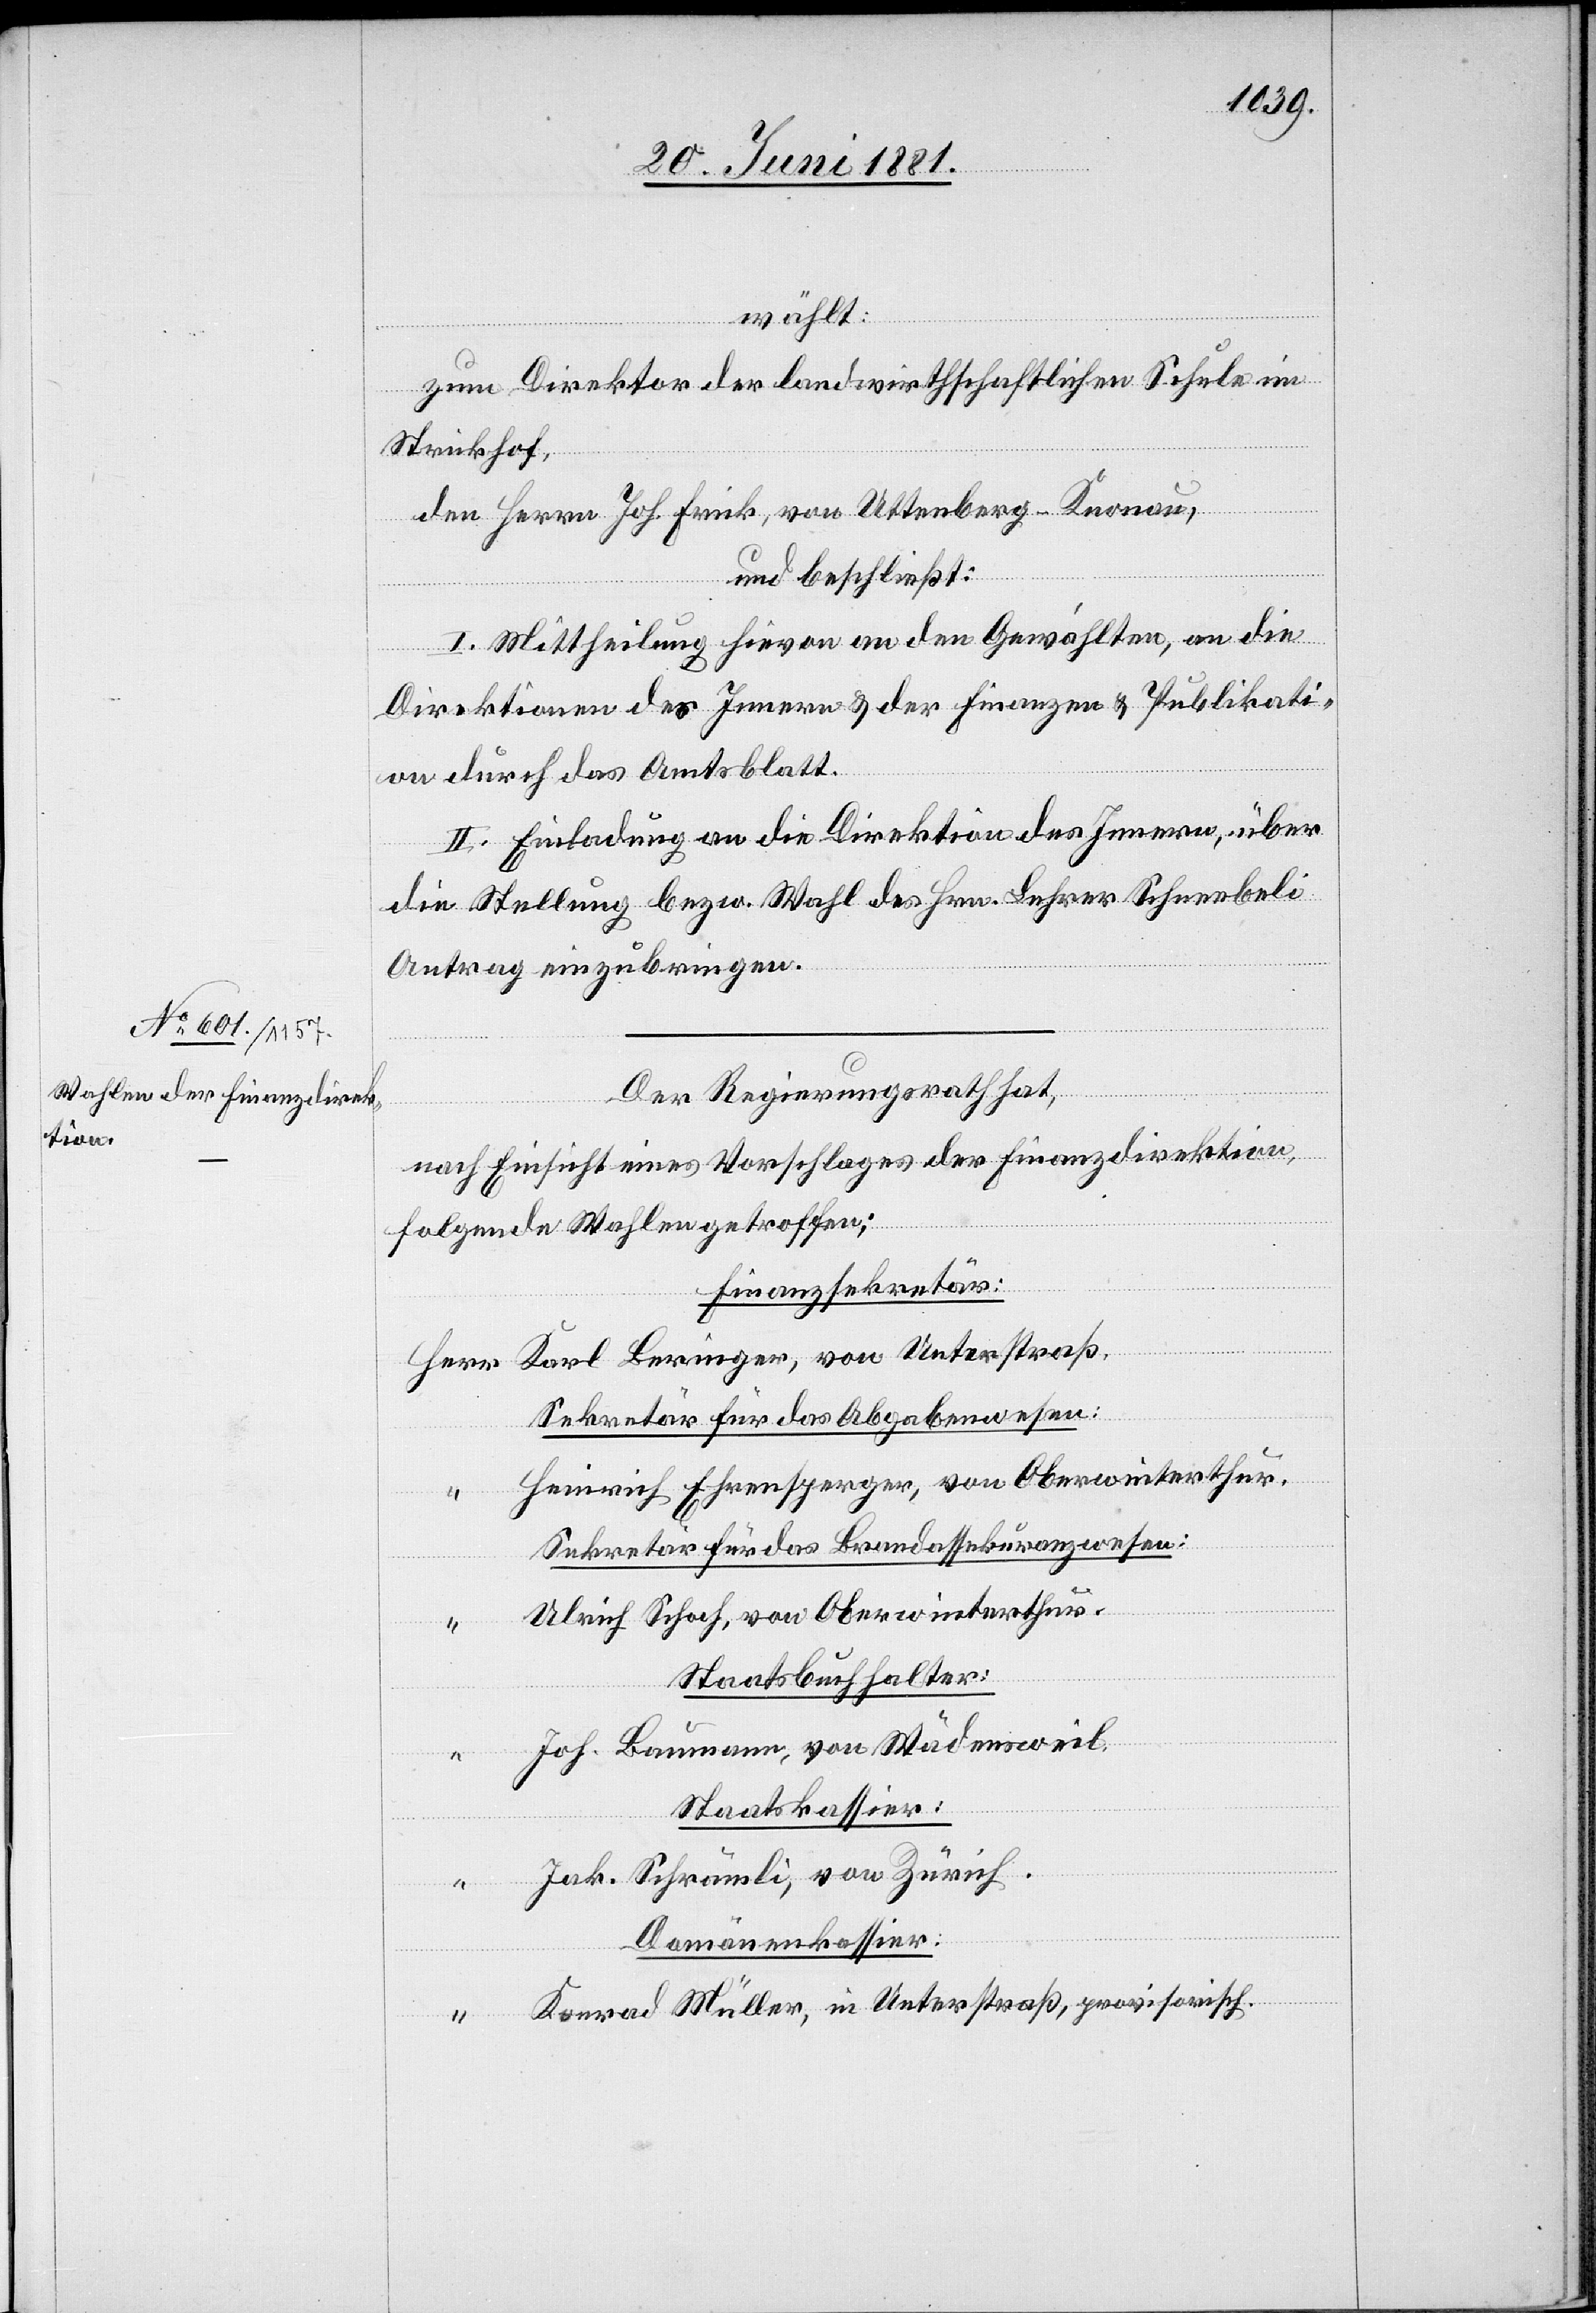
wählt:
zum Direktor der landwirthschaftlichen Schule im
Strickhof,
den Herrn Joh. Frick, von Uttenberg - Knonau,
und beschließt:
I. Mittheilung hievon an den Gewählten, an die
erstraß.
Direktionen des Innern & der Finanzen & Publikati¬
on durch das Amtsblatt.
II. Einladung an die Direktion des Innern, über
die Stellung bezw. Wahl des Hrn. Lehrer Schneebeli
Antrag einzubringen.
Der Regierungsrath hat,
nach Einsicht eines Vorschlages der Finanzdirektion,
folgende Wahlen getroffen:
Finanzsekretär:
Sekretär für das Abgabenwesen:
Heinrich Ehrensperger, von Oberwinterthur.
Sekretär für das Brandassekuranzwesen:
Ulrich Schoch, von Oberwinterthur.
Staatsbuchhalter:
Joh. Baumann, von Wädensweil.
Staatskassier:
Jak. Schrämli, von Zürich.
Domänenkassier:
Konrad Müller, in Unterstraß, provisorisch.